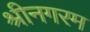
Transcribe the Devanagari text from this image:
श्रीनगरम